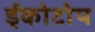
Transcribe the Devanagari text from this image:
ईकोटोप